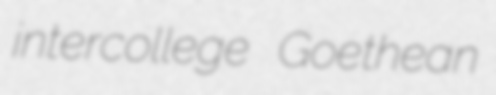
intercollege Goethean